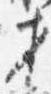
権